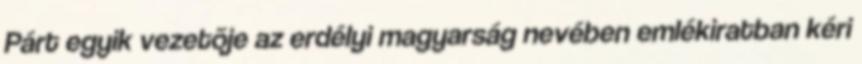
Párt egyik vezetõje az erdélyi magyarság nevében emlékiratban kéri